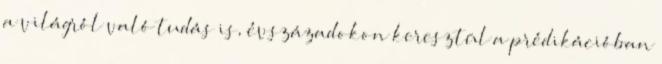
a világról való tudás is, évszázadokon keresztül a prédikációban